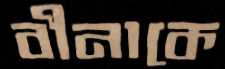
বীনাকে